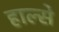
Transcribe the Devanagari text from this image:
हाल्से